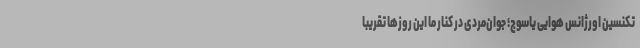
تکنسین اورژانس هوایی یاسوج؛ جوان‌مردی در کنار ما این روزها تقریبا